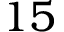
1 5